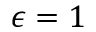
\epsilon = 1